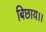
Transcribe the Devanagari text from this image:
बिछाय।।